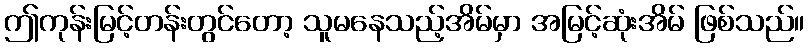
ဤကုန်းမြင့်တန်းတွင်တော့ သူမနေသည့်အိမ်မှာ အမြင့်ဆုံးအိမ် ဖြစ်သည်။